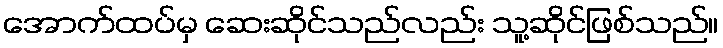
အောက်ထပ်မှ ဆေးဆိုင်သည်လည်း သူ့ဆိုင်ဖြစ်သည်။